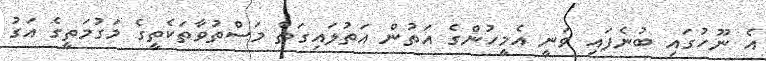
އެ ނޫހުގައި ބުނެފައި ވަނީ އެމީހުންގެ އަތުން އަތުލައިގަތް މަސްތުވާތަކެތީގެ މަގުމަތީގެ އަގު